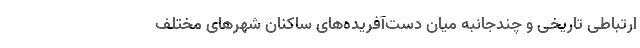
ارتباطی تاریخی و چند‌جانبه میان دست‌آفریده‌های ساکنان شهرهای مختلف